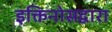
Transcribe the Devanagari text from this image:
इक्तिनोसद्वारा